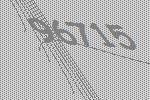
96715